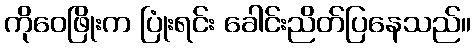
ကိုဝေဖြိုးက ပြုံးရင်း ခေါင်းညိတ်ပြနေသည်။